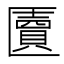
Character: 匵